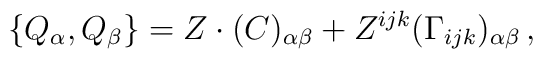
\{Q_\alpha , Q_\beta \} = Z \cdot (C)_{\alpha \beta} + Z^{ijk}  (\Gamma_{ijk})_{\alpha\beta} \, ,